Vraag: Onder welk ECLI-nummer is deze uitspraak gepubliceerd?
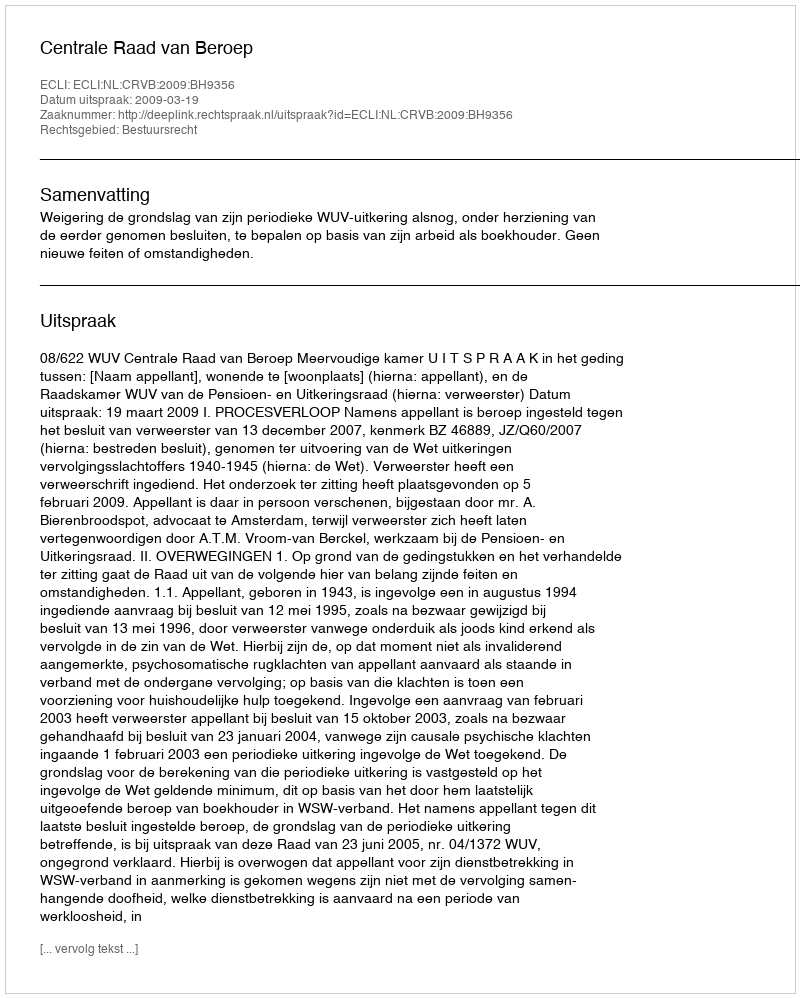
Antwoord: ECLI:NL:CRVB:2009:BH9356